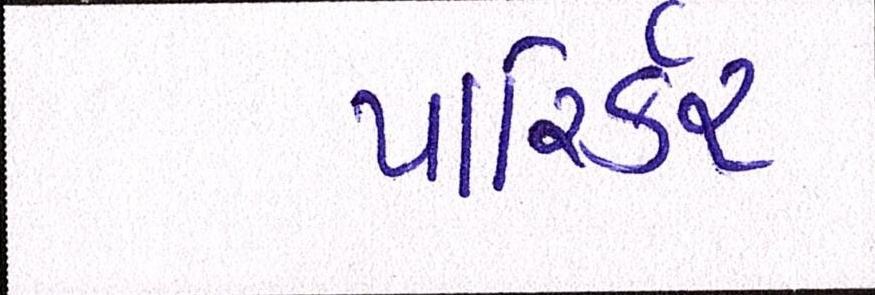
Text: પારિર્કર